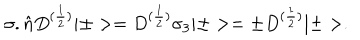
LaTeX: { \sigma } . \hat { n } D ^ { ( \frac { 1 } { 2 } ) } | \pm > = D ^ { ( \frac { 1 } { 2 } ) } { \sigma } _ { 3 } | \pm > = { \pm } D ^ { ( \frac { 1 } { 2 } ) } | \pm > .